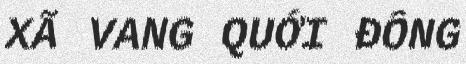
XÃ VANG QUỚI ĐÔNG